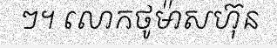
ៗ។ លោកថូម៉ាសហ៊ុន